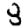
Digit: 3